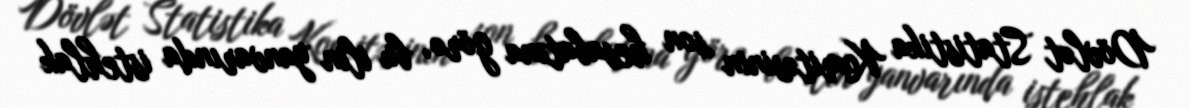
Dövlət Statistika Komitəsinin son hesabatına görə, bu ilin yanvarında istehlak